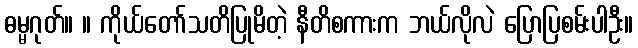
ဓမ္မဂုတ်။ ။ ကိုယ်တော်သတိပြုမိတဲ့ နီတိစကားက ဘယ်လိုလဲ ပြောပြစမ်းပါဦး။